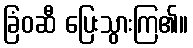
ခြံဝဆီ ပြေးသွားကြ၏။